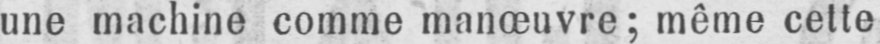
une machine comme manœuvre; même cette